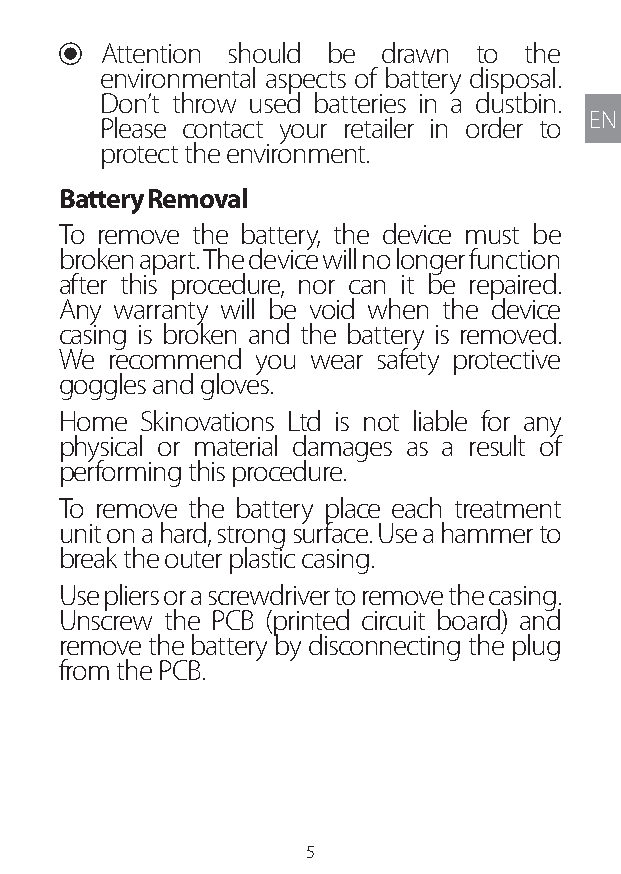
U Attention should be drawn to the
 environmental aspects of battery disposal.
 Don’t throw used batteries in a dustbin.
 EN
 Please contact your retailer in order to
 protect the environment.
 Battery Removal
 To remove the battery, the device must be
 broken apart. The device will no longer function
 after this procedure, nor can it be repaired.
 Any warranty will be void when the device
 casing is broken and the battery is removed.
 We recommend you wear safety protective
 goggles and gloves.
 Home Skinovations Ltd is not liable for any
 physical or material damages as a result of
 performing this procedure.
 To remove the battery place each treatment
 unit on a hard, strong surface. Use a hammer to
 break the outer plastic casing.
 Use pliers or a screwdriver to remove the casing.
 Unscrew the PCB (printed circuit board) and
 remove the battery by disconnecting the plug
 from the PCB.
 5
 Lipo UM EU124 3545B inside ALL EU124 ED296-24 release.indd 5 14/08/2018 10:57:31